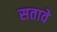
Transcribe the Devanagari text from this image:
सतावे